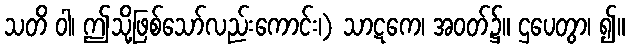
သတိ ဝါ၊ ဤသို့ဖြစ်သော်လည်းကောင်း၊) သာဋကေ၊ အဝတ်၌။ ဌပေတွာ၊ ၍။